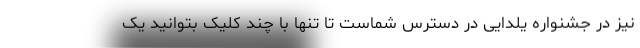
نیز در جشنواره یلدایی در دسترس شماست تا تنها با چند کلیک بتوانید یک